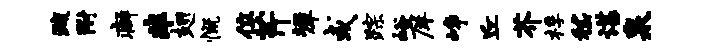
疏附癖非翅慨位芹墀或踪峪庠峥丘芥桴嵇谌泉